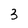
Character: 3